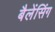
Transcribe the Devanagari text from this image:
बैलेंसिंग